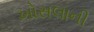
ખોસલાની